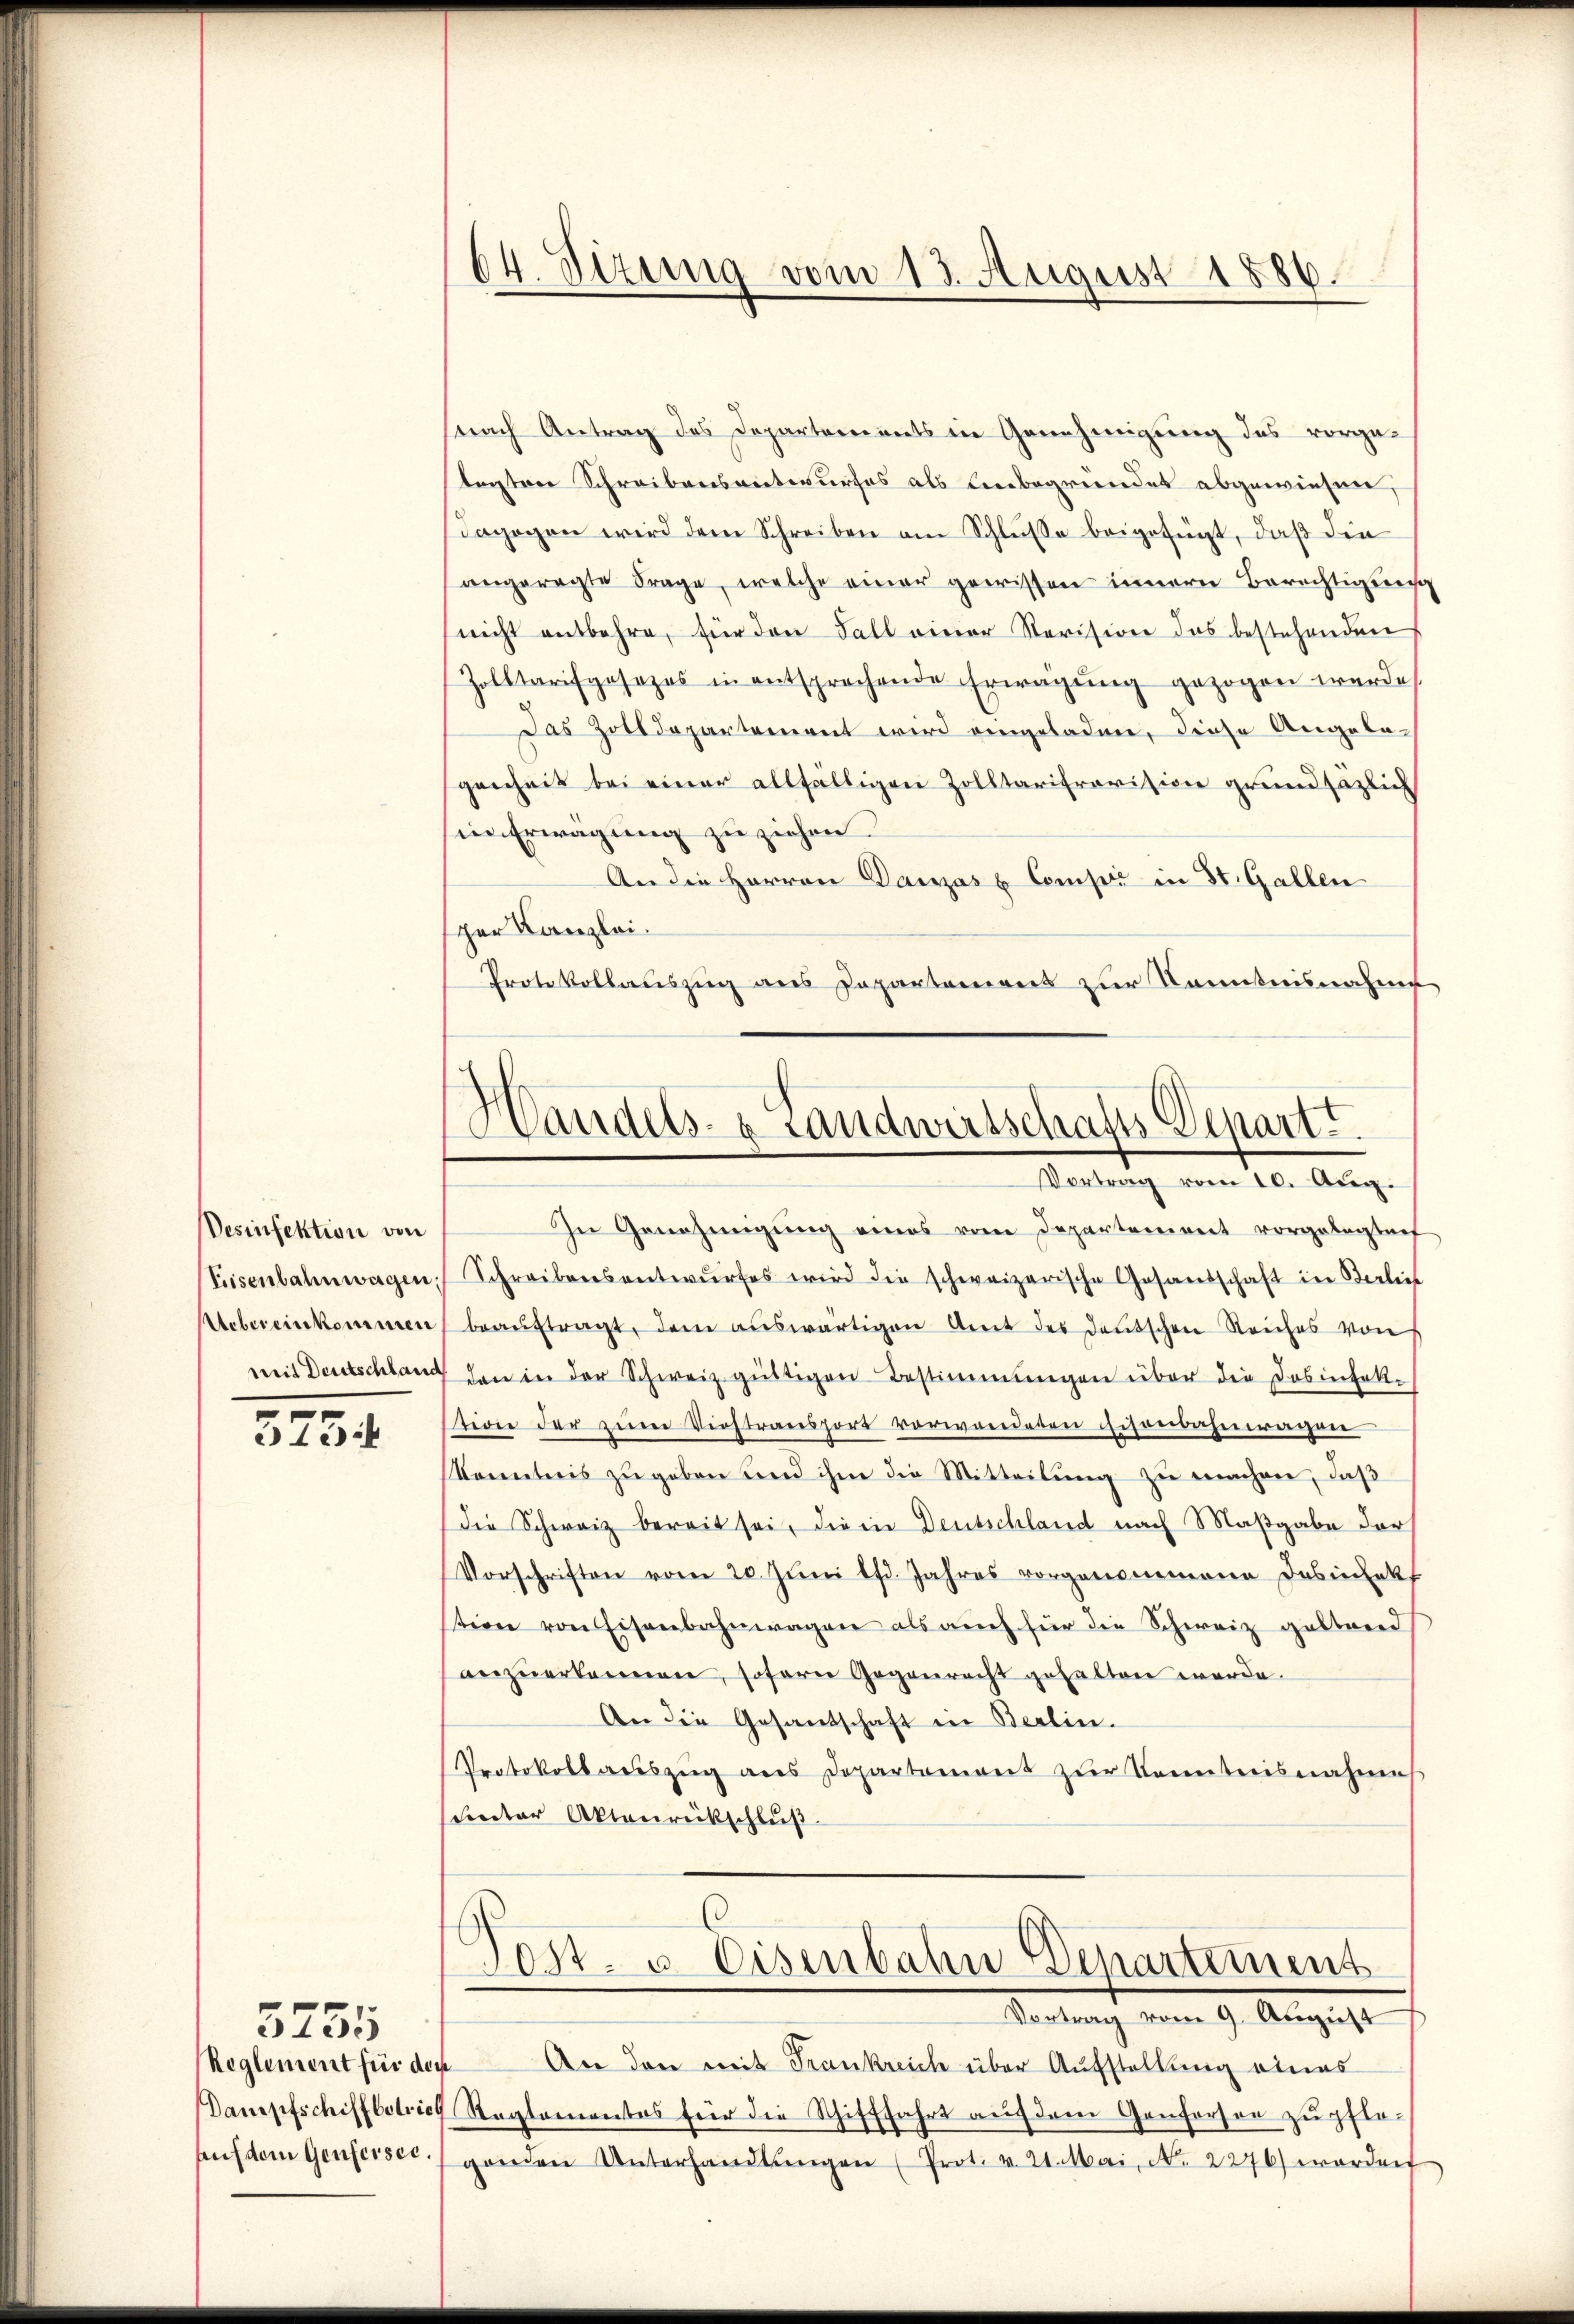
Desinfektion von

3754

3755

nach Antrag des Departements in Genehmigung des vorgelegten Schreibensentwurfes als Lebegründet abgewiesen,
dagegen wird dem Schreiben am Schlusse beigefügt, daß die
angeregte Frage, welche einer gewissen innern Berechtigung
nicht entbehre, für den Fall einer Revision das bestehenden
Zolltarifgesezes in entsprochende Erwägŭng gezogen wurde,
Das Zolldepartement wird eingeladen, diese Angelagenheit bei einer allfälligen Zolltarifravision grundsätzlich
in Erwägung zu ziehen
An die Herren Danzas & Comp in St. Gallen
sper Kanzlei.
Protokollauszug aus Departement zur Kenntnisnahme

In Genehmigŭng eines vom Departement vorgelegtenf
Eisenbahnwagen Schreibensentwŭrfes wird die schweizerische Gesandschaft in Berlief
Uebereinkommen beaŭftragt, dem auswärtigen Amt des deutschen Reiches von
mit Deutschland den in der Schweiz gültigen Bestimmungen über die Dosinfek-
tion der zum Verstransfort verwendeten Eisenbahntragen
Kenntnis zu geben und ihm die Mitteilung zu machen, daß
die Schweiz bereit sei, die in Deutschland nach Maßgabe darf
Vorschriften vom 20. Juni lfd. Jahres vorgenommene Desinfekt
tion von Eisenbahnwagen als auch für die Schweiz geltend
anzuerkennen, soferne Gegenrecht gehalten werde.
An die Gesantschaft in Berlin.
Protokolladeszŭg ans Departement zŭr Kenntnisnahmes
sunter Aktenrückschluß.
Post- u. Eisenbahn Departement
Vornach vom 9. August
Reglement für den An den mit Frankreich über Aufstellung eines
Dampfschiffbetrich Reglementes für die Schifffahrt auf dem Genferson zu pfled
aŭf dem Genfessec. genden Unterhandlŭngen (Prot. v. 21. Mai, No. 2276) worden

64. Sizung vom 13. August 1886.

Handels- & Landwirtschafts Depart
Vortrag vom 10. Aug.